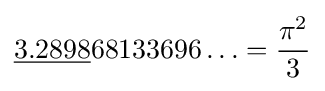
{\underline {3.2898}}68133696\ldots ={\frac {\pi ^{2}}{3}}